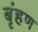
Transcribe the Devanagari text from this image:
बृंहण